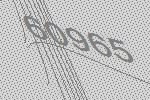
60965